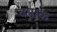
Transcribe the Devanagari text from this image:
वपाक